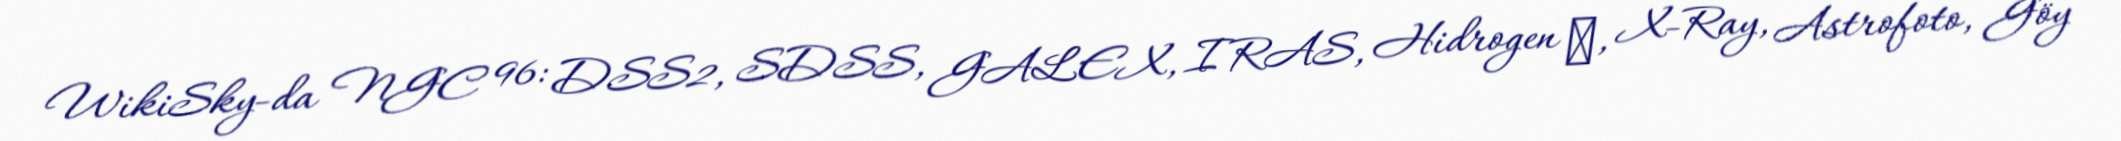
WikiSky-da NGC 96: DSS2, SDSS, GALEX, IRAS, Hidrogen α, X-Ray, Astrofoto, Göy